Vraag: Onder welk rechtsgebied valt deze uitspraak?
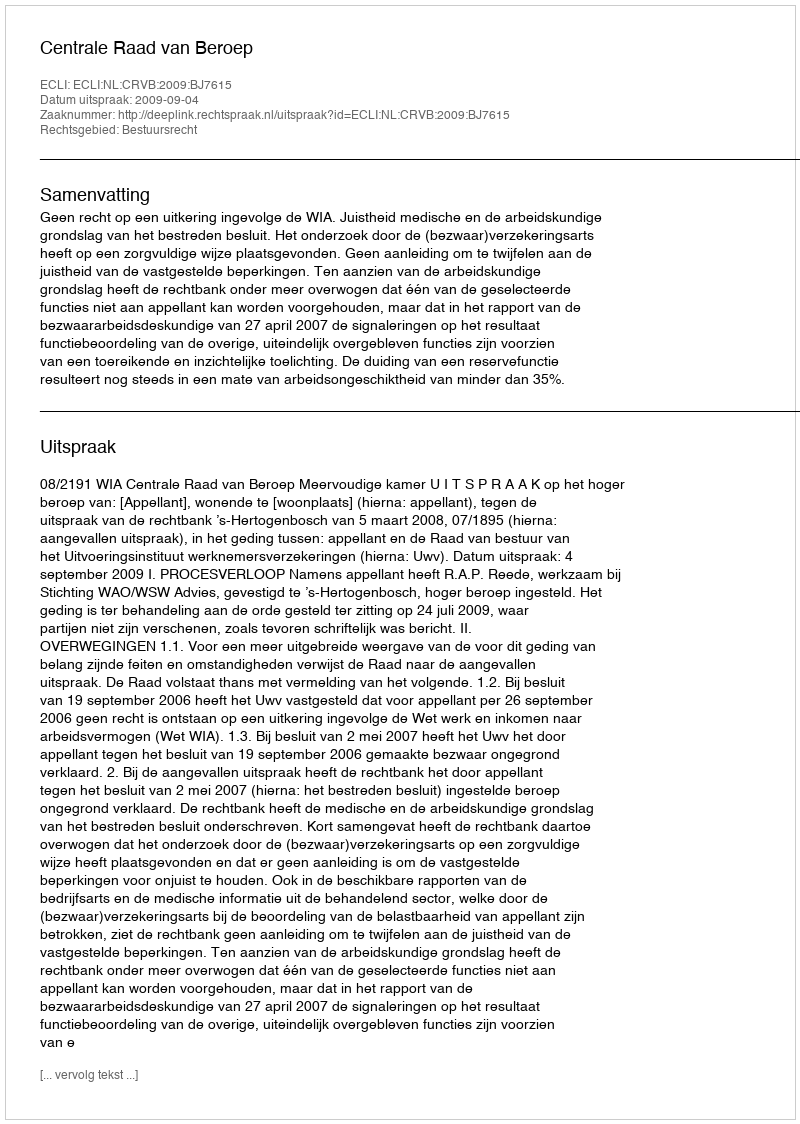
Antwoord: Bestuursrecht